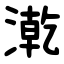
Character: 漧